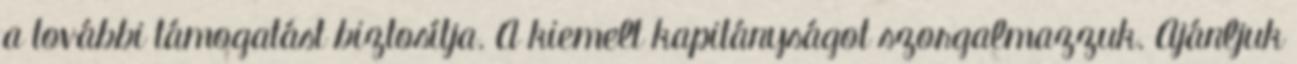
a további támogatást biztosítja. A kiemelt kapitányságot szorgalmazzuk. Ajánljuk